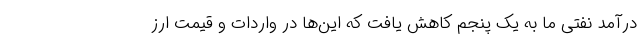
درآمد نفتی ما به یک پنجم کاهش یافت که این‌ها در واردات و قیمت ارز